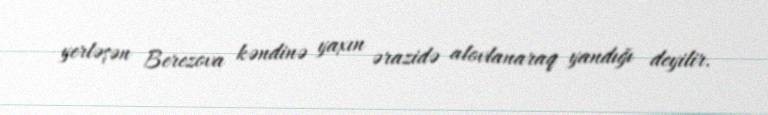
yerləşən Berezova kəndinə yaxın ərazidə alovlanaraq yandığı deyilir.